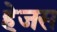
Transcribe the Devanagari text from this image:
हेजस